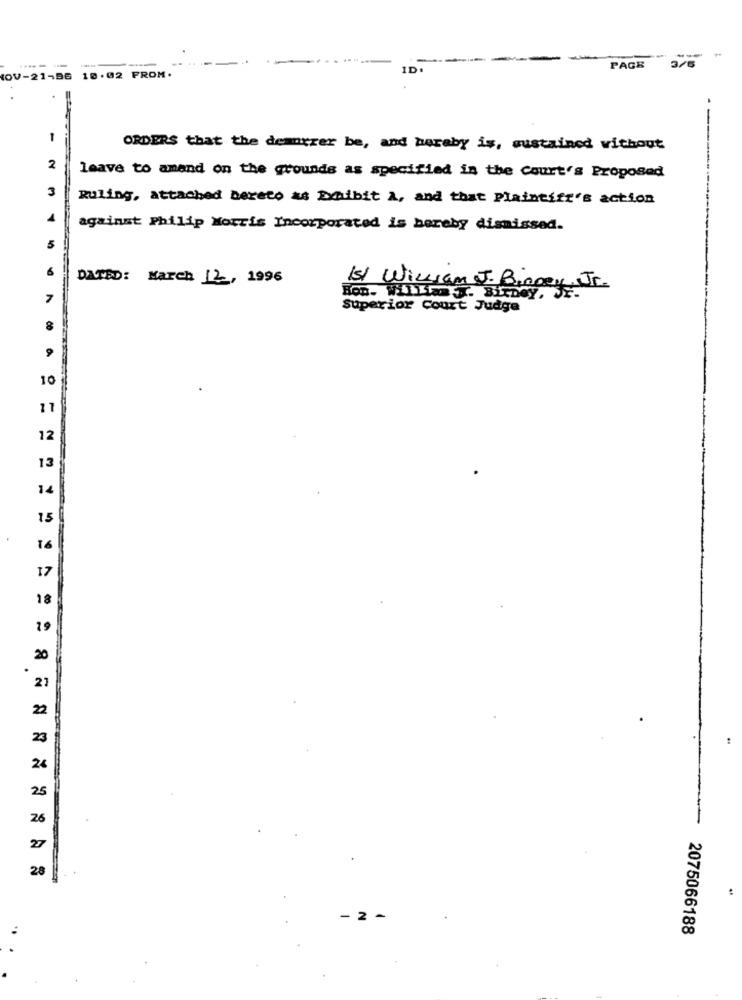
1D
PAGE
IOV-21-96 10.02 FROM.
-
-
ORDERS that the demorrer be, and heraby is, sustained without
2
leave to amend on the grounds as specified in the Court's Proposed
Ruling, attached Dereto as Exhibit A, and that Plaintiff's action
against Philip Morris Incorporated is hereby dismissed.
...
DATED: March 12, 1996
Bon. Willim sinne Your
151 William J. Binger
Superior Court Judge
a
10
11
12
13
14
15
16
17
18
19
20
21
22
23
26
25
26
27
28
2
2075066188